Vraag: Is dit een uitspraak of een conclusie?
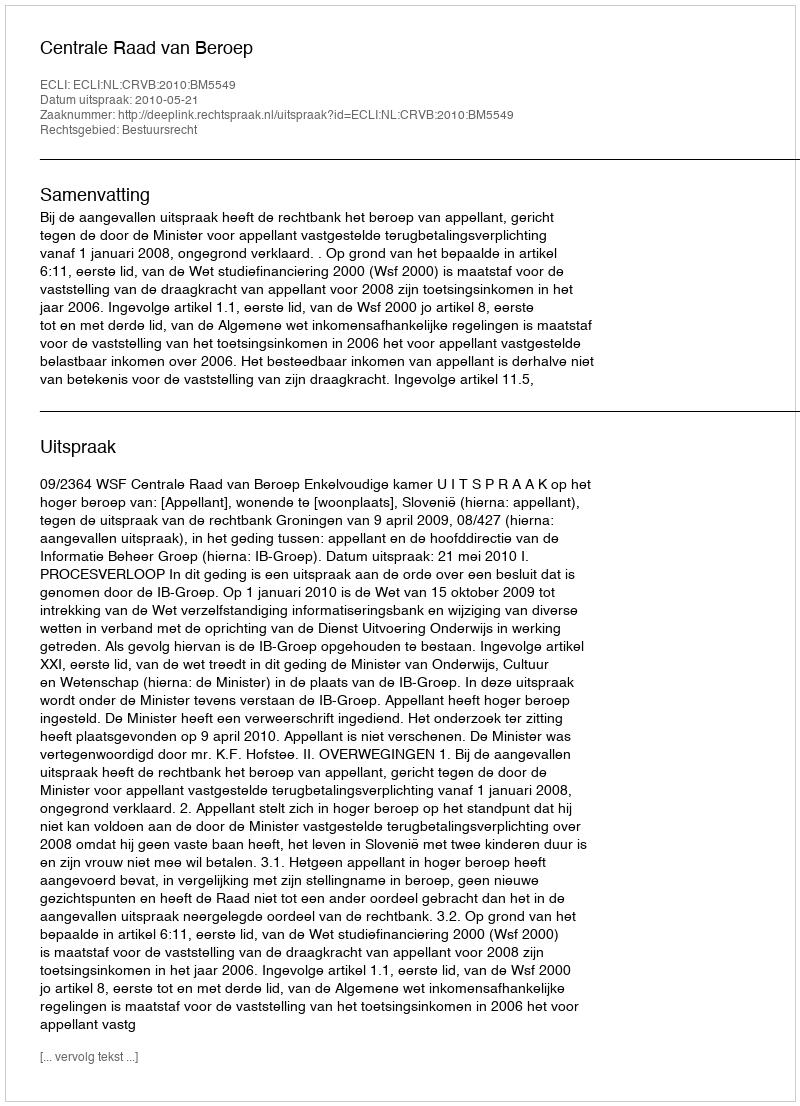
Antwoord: Uitspraak